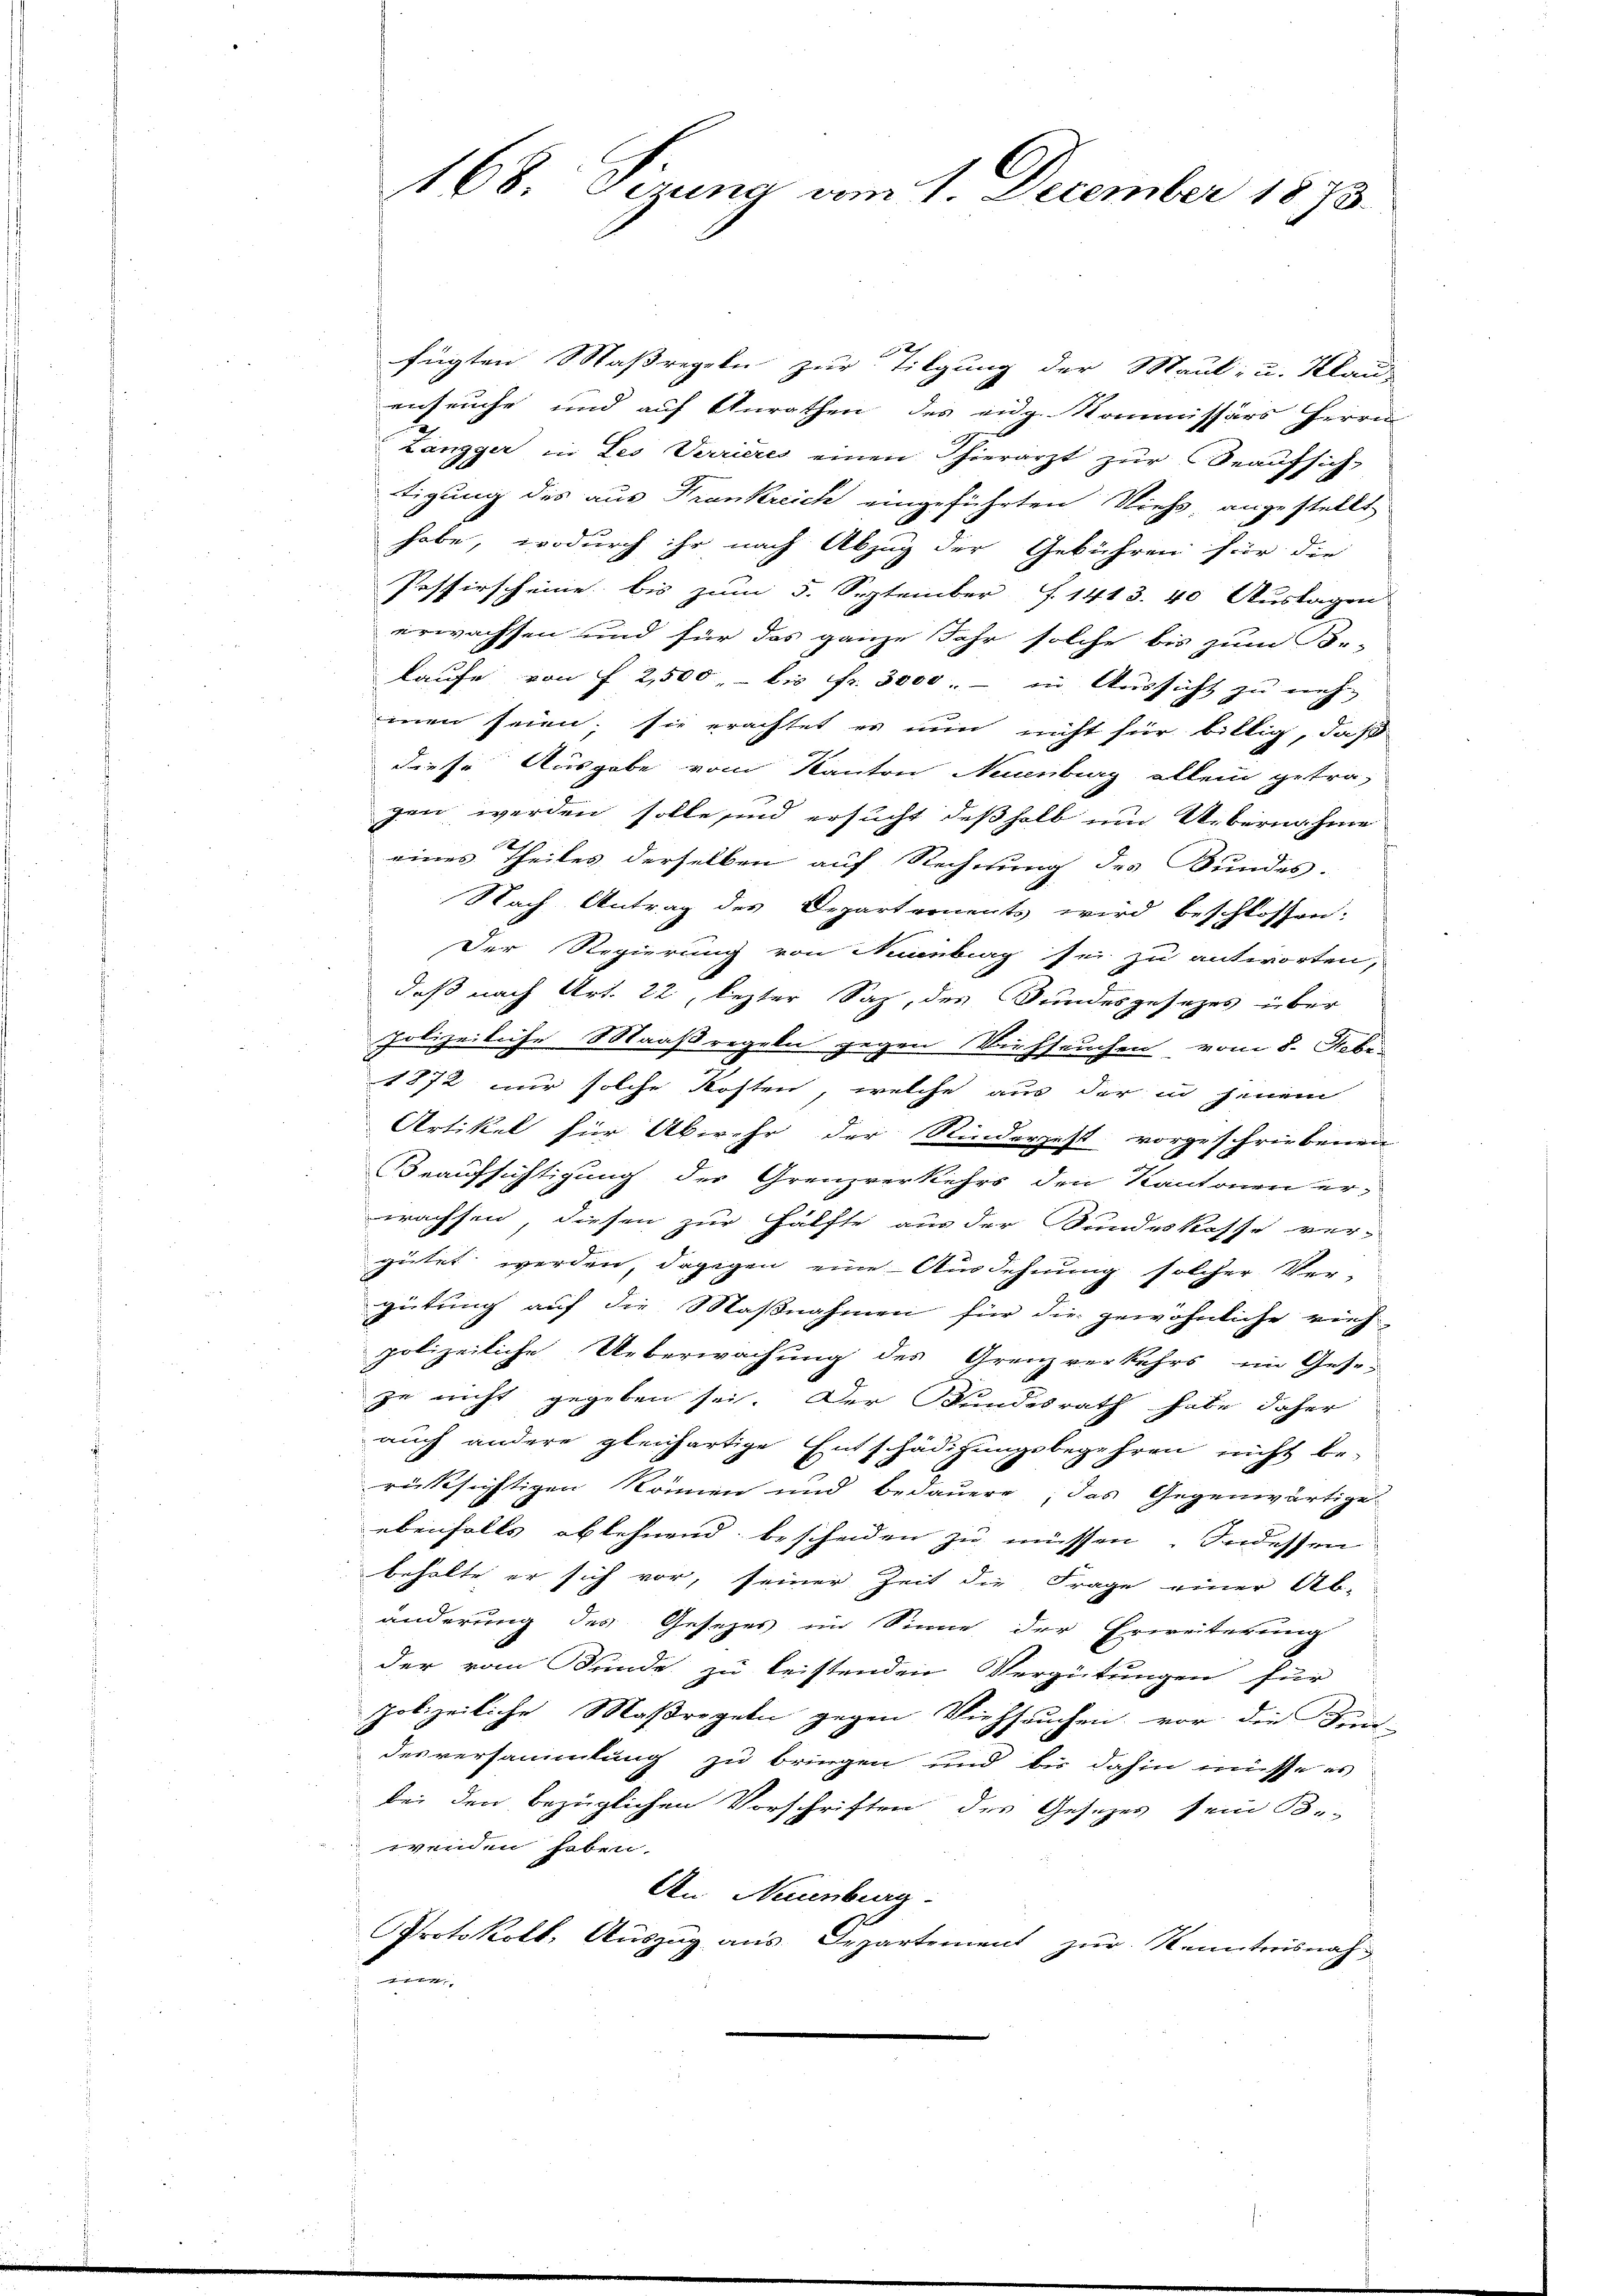
168. Seizung am 1. December 1873.

fügten Maßregeln zur Tilgung der Maul- u. Klau-
enseuche und auf Anrathen des eidg. Kommissärs Herrn
Langger in Les Verrieres einen Thierarzt zur Beaufsich-
tigung des aus Frankreich eingeführten Vieh, angestellt
habe, wodurch ihr nach Abzug der Gebühren für die
Pessirscheine bis zum 5. September f. 1413. 40 Auslagen
erwachsen und für das ganze Jahr solche bis zum Be-
laufe von § 2,500, - bis Fr. 3000.- in Aussicht zu neh-
men seien; sie erachtet es nun nicht für billig, daß
diese Ausgabe vom Kanton Neuenburg allein getragen werden solle sind ersucht deßhalb um Uebernahme
eines Theiles derselben auf Rechnung des Bundes.
Nach Antrag des Departements wird beschlossen:
Der Regierung von Nuanberg sei zu antworten,
daß nach Art. 22, lezter Saz, des Bundesgesezes über
polizeiliche Maaßregeln gegen Viehseuchen vom 8. Febr.
1872 nur solche Kosten, welche aus der in jenem
Artikel für Abwehr der Rinderzest vorgeschriebenen
Beaufsichtigung der Grenzverkehrs den Kantonen er-
wachsen, diesen zur Hälfte aus der Sandeskasse ver-
gütet werden, dagegen eine Ausdehnung solcher Ver-
gütung auf die Maßnahmen für die gewöhnliche rieh-
polizeiliche Ueberwachung des Grenzverkehrs im Gese
zu nicht gegeben sei. Der Bundesrath habe daher
auch andere gleichartige Entschädigungsbegehren nicht be-
rücksichtigen können und bedauern, das Gegenwärtige
ebenfalls ablehnend bescheiden zu müssen. Indessen
behalte er sich vor, seiner Zeit die Frage einer Ab-
änderung des Gesetzes im Sinne der Erweiterung
der vom Bunde zu leistenden Vergütungen für
polizeiliche Maßregeln gegen Viehseuchen vor die Find-
desversammlung zu bringen und bis dahin müsse es
bei den bezüglichen Vorschriften des Gesetzes sein Be
wenden haben.
An Neuenburg
Protokoll, Auszug aus Departement zur Kenntnisnah
n